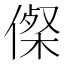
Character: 𠍇